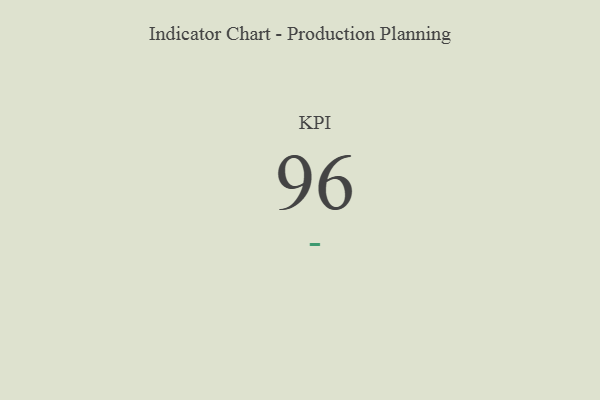
{"axis": {"x": "KPI", "y": "Value"}, "legend": [""], "data": [{"x": "KPI", "y": 96, "type": ""}]}